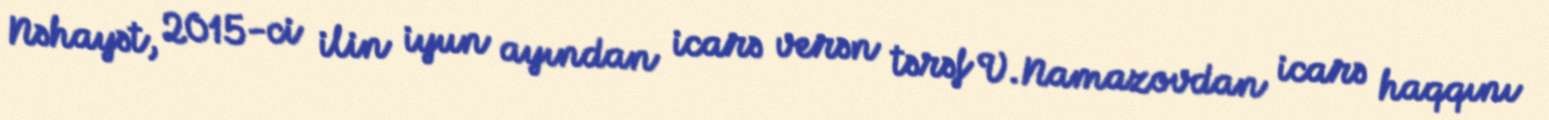
Nəhayət, 2015-ci ilin iyun ayından icarə verən tərəf V.Namazovdan icarə haqqını